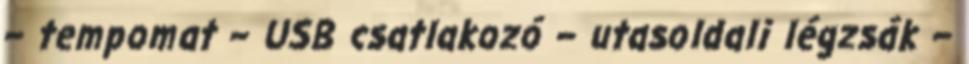
– tempomat – USB csatlakozó – utasoldali légzsák –